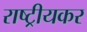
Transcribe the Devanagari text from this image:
राष्ट्रीयकर